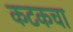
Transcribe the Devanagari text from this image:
कटकचा